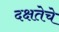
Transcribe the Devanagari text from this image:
दक्षतेचे